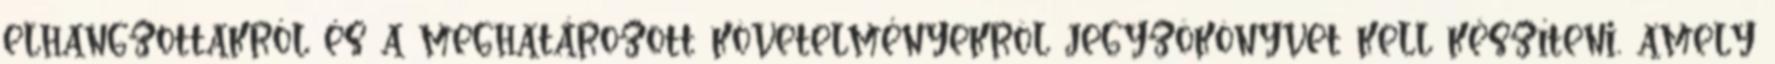
elhangzottakról és a meghatározott követelményekrõl jegyzõkönyvet kell készíteni, amely